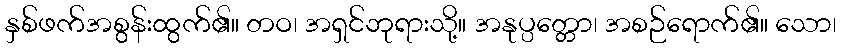
နှစ်ဖက်အစွန်းထွက်၏။ တဝ၊ အရှင်ဘုရားသို့။ အနုပ္ပတ္တော၊ အစဉ်ရောက်၏။ သော၊